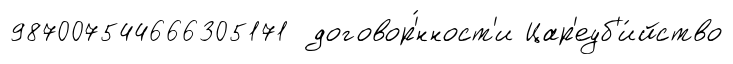
987007544666305171 договор'́нност'и Цар'еуб'и́йство